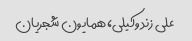
علی زند وکیلی، همایون شجریان